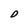
Character: D